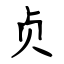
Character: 贞